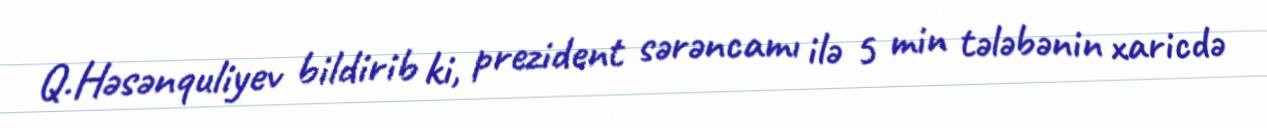
Q.Həsənquliyev bildirib ki, prezident sərəncamı ilə 5 min tələbənin xaricdə